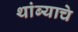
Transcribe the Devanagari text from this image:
थांब्याचे